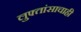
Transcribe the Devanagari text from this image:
लुफ्तांसाचाही